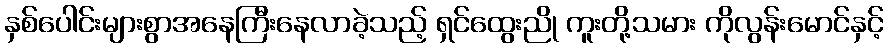
နှစ်ပေါင်းများစွာအနေကြီးနေလာခဲ့သည့် ရှင်ထွေးညို ကူးတို့သမား ကိုလွန်းမောင်နှင့်